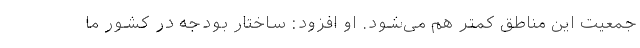
جمعیت این مناطق کمتر هم می‌شود. او افزود: ساختار بودجه در کشور ما